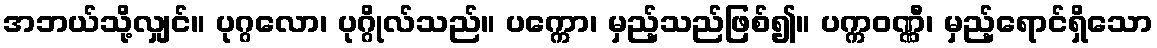
အဘယ်သို့လျှင်။ ပုဂ္ဂလော၊ ပုဂ္ဂိုလ်သည်။ ပက္ကော၊ မှည့်သည်ဖြစ်၍။ ပက္ကဝဏ္ဏီ၊ မှည့်ရောင်ရှိသော